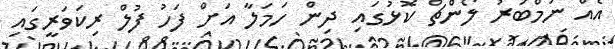
އެއް ނަމްބަރު ލޯންްޗް ކޮޅުގައި ދިން ހަަމަލާ އަށް ފަހު ފުލް ރިކަވަރީގައި